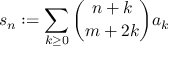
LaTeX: s _ { n } : = \sum _ { k \geq 0 } { \binom { n + k } { m + 2 k } } a _ { k }